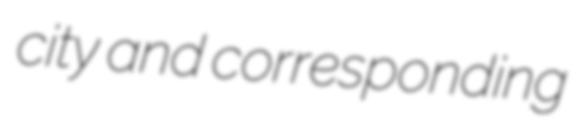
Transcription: city and corresponding